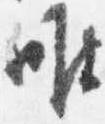
唯